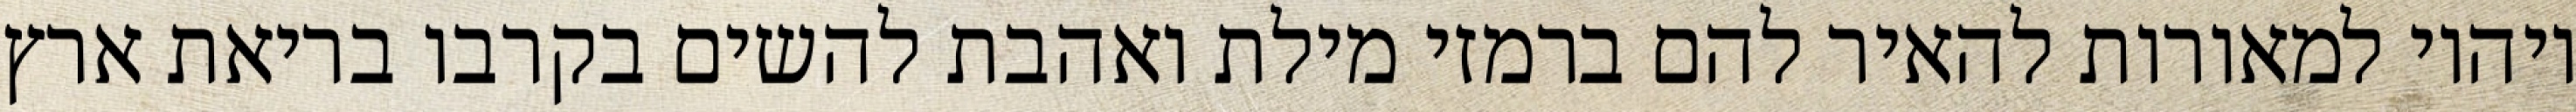
ויהיו למאורות להאיר להם ברמזי מילת ואהבת להשים בקרבו בריאת ארץ